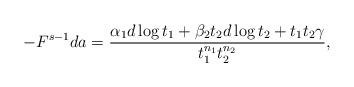
LaTeX: \begin{align*}-F^{s-1}da=\frac{\alpha_{1}d\log t_{1}+\beta_{2}t_{2}d\log t_{2}+t_{1}t_{2}\gamma}{t_{1}^{n_{1}}t_{2}^{n_{2}}},\end{align*}